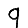
Digit: 9